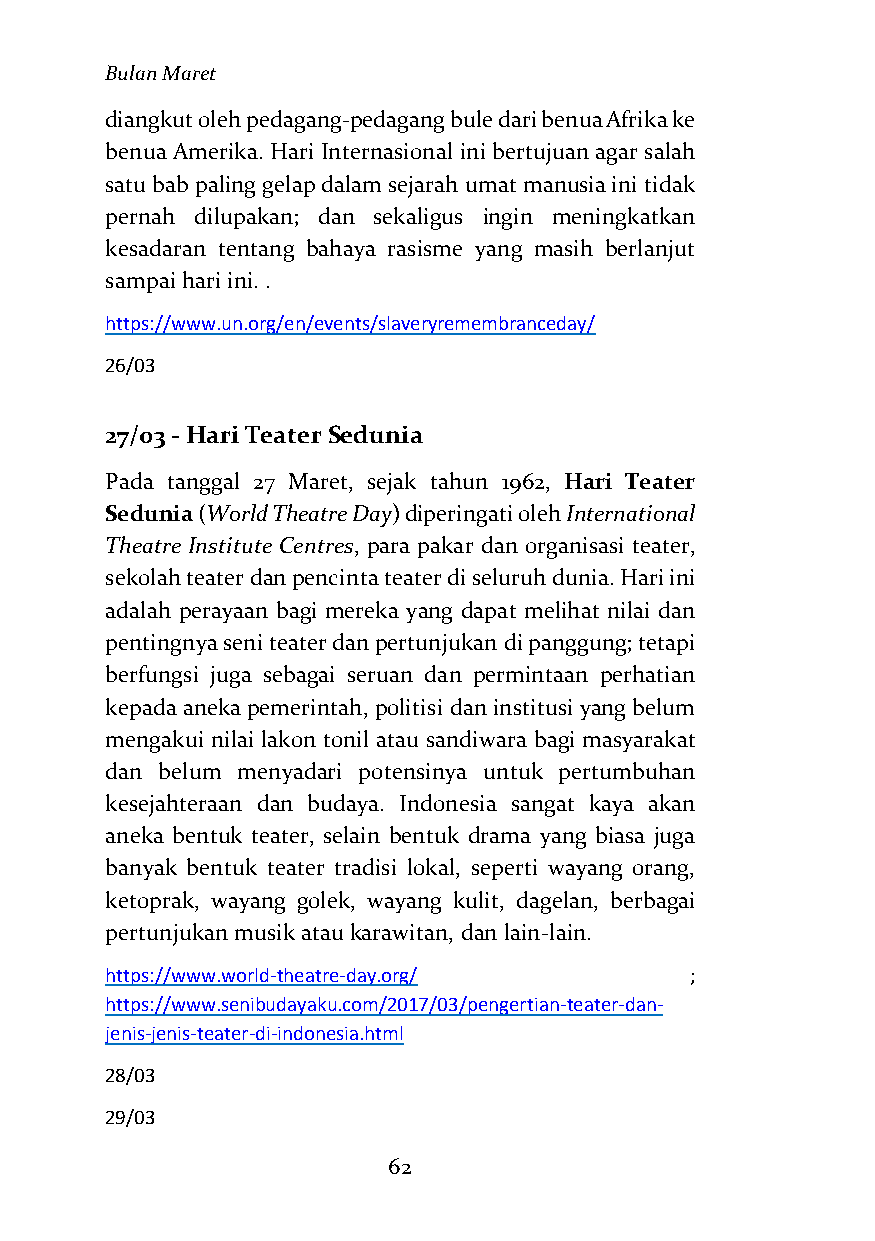
Bulan Maret
 diangkut oleh pedagang-pedagang bule dari benua Afrika ke
 benua Amerika. Hari Internasional ini bertujuan agar salah
 satu bab paling gelap dalam sejarah umat manusia ini tidak
 pernah dilupakan; dan sekaligus ingin meningkatkan
 kesadaran tentang bahaya rasisme yang masih berlanjut
 sampai hari ini. .
 https://www.un.org/en/events/slaveryremembranceday/
 26/03
 27/03 - Hari Teater Sedunia
 Pada tanggal 27 Maret, sejak tahun 1962, Hari Teater
 Sedunia (World Theatre Day) diperingati oleh International
 Theatre Institute Centres, para pakar dan organisasi teater,
 sekolah teater dan pencinta teater di seluruh dunia. Hari ini
 adalah perayaan bagi mereka yang dapat melihat nilai dan
 pentingnya seni teater dan pertunjukan di panggung; tetapi
 berfungsi juga sebagai seruan dan permintaan perhatian
 kepada aneka pemerintah, politisi dan institusi yang belum
 mengakui nilai lakon tonil atau sandiwara bagi masyarakat
 dan belum menyadari potensinya untuk pertumbuhan
 kesejahteraan dan budaya. Indonesia sangat kaya akan
 aneka bentuk teater, selain bentuk drama yang biasa juga
 banyak bentuk teater tradisi lokal, seperti wayang orang,
 ketoprak, wayang golek, wayang kulit, dagelan, berbagai
 pertunjukan musik atau karawitan, dan lain-lain.
 https://www.world-theatre-day.org/     ;
 https://www.senibudayaku.com/2017/03/pengertian-teater-dan-
 jenis-jenis-teater-di-indonesia.html
 28/03
 29/03
 62